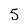
Character: 5